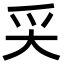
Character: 𡗮